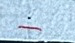
-